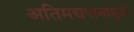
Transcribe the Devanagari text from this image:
अतिमद्यपानामुळे